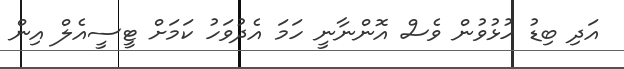
އަދި ބިޑު ހުޅުވުން ވެސް އޮންނާނީ ހަމަ އެދުވަހު ކަމަށް ޓީސީއެލް އިން